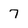
Character: 7